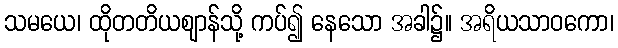
သမယေ၊ ထိုတတိယဈာန်သို့ ကပ်၍ နေသော အခါ၌။ အရိယသာဝကော၊